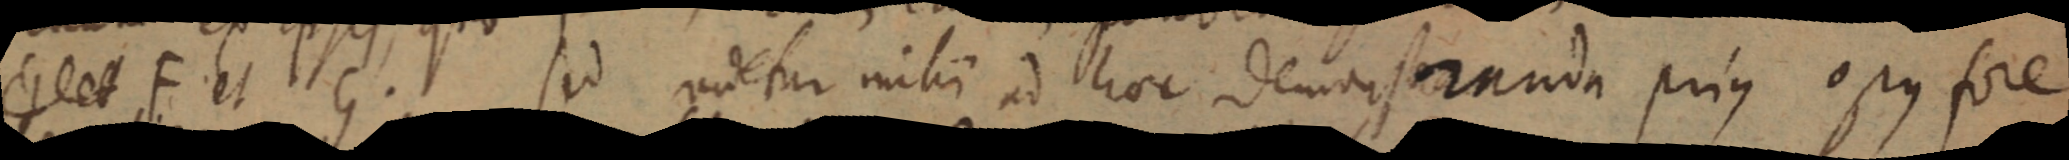
_ F et G. sed videtur mihi ad hoc demonstranda prius opus fore